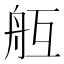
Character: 𦨝